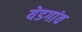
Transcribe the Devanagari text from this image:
येडगांव